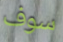
سوف